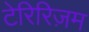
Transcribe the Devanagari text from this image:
टेरिरिज़म